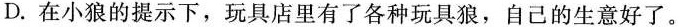
D.在小狼的提示下，玩具店里有了各种玩具狼，自己的生意好了。